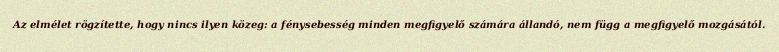
Az elmélet rögzítette, hogy nincs ilyen közeg: a fénysebesség minden megfigyelő számára állandó, nem függ a megfigyelő mozgásától.